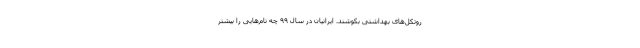
روتکل‌های بهداشتی بکوشند. ایرانیان در سال ۹۹ چه نام‌هایی را بیشتر